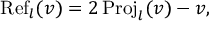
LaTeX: \operatorname { R e f } _ { l } ( v ) = 2 \operatorname { P r o j } _ { l } ( v ) - v ,